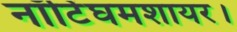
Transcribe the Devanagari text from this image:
नॉटिंघमशायर।